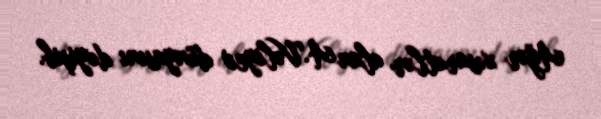
Ağır xəsarətlər alan A.Vəliyev dünyasını dəyişib.